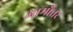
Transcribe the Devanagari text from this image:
आमौतर